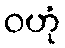
ဝဟုံ